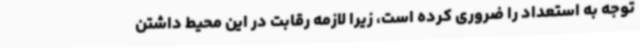
توجه به استعداد را ضروری کرده است، زیرا لازمه رقابت در این محیط داشتن